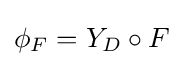
\phi _{F}=Y_{D}\circ F